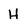
Character: H